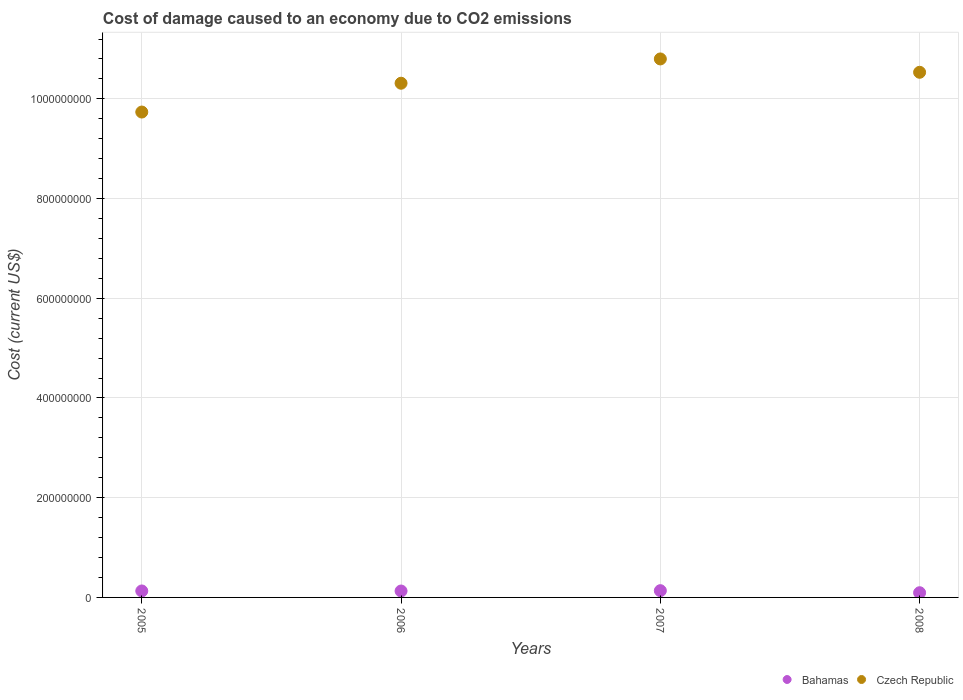
| Years | Bahamas | Czech Republic |
 | --- | --- | --- |
 | 2005 | 1.3e+07 | 9.74e+08 |
 | 2006 | 1.28e+07 | 1.03e+09 |
 | 2007 | 1.36e+07 | 1.08e+09 |
 | 2008 | 9.43e+06 | 1.05e+09 |